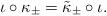
LaTeX: \begin{align*}\iota\circ\kappa_\pm=\tilde\kappa_\pm\circ\iota.\end{align*}